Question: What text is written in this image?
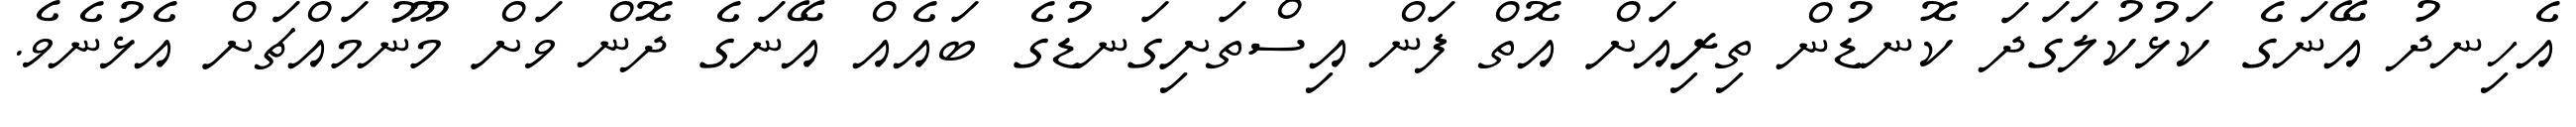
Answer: އެހިނދު އޭނަގެ ކަޅުކުލަގަދަ ކޮނޑުން ތިރިއަށް އޮތް ފަން އިސްތަށިގަނޑުގެ ބައެއް އޭނަގެ ދޮން ވަށް މޫނުމައްޗަށް އެޅުނެވެ.